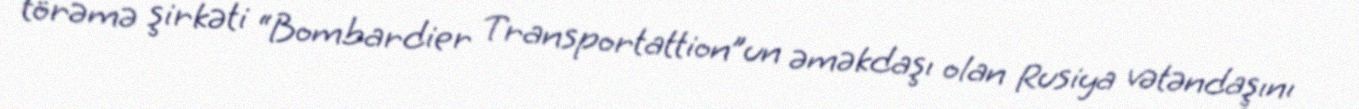
törəmə şirkəti “Bombardier Transportattion”un əməkdaşı olan Rusiya vətəndaşını